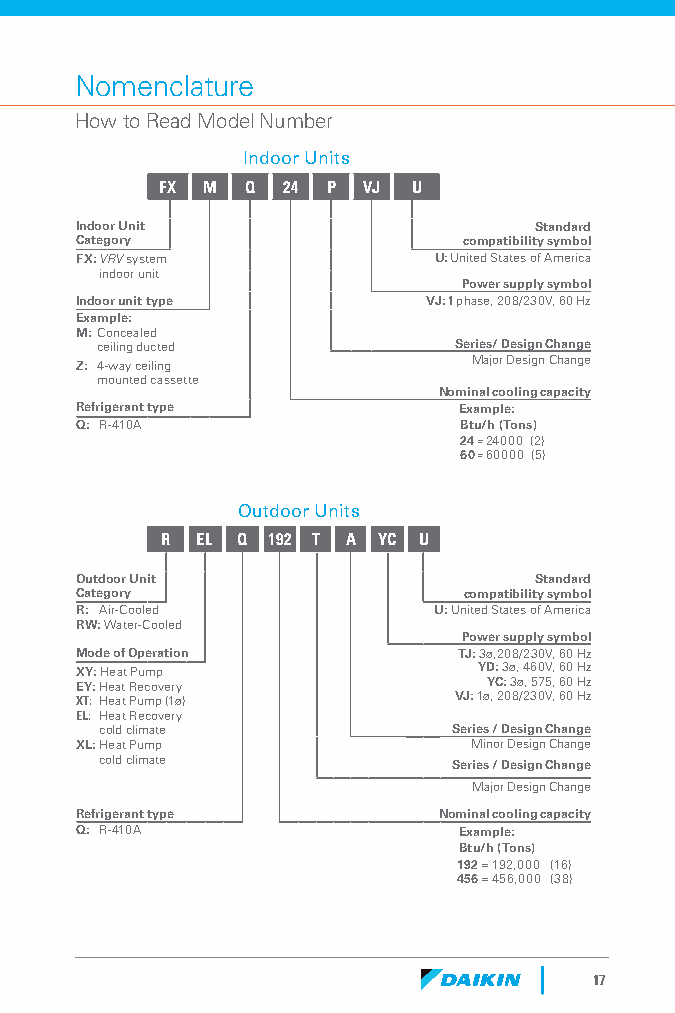
Nomenclature
 How to Read Model Number
 Indoor Units
 FX M Q  24 P VJ U
 Indoor Unit                   Standard
 Category                  compatibility symbol
 FX: VRV system          U: United States of America
 indoor unit
 Power supply symbol
 Indoor unit type       VJ: 1 phase, 208/230V, 60 Hz
 Example:
 M: Concealed
 ceiling ducted          Series/ Design Change
 Z: 4-way ceiling          Major Design Change
 mounted cassette
 Nominal cooling capacity
 Refrigerant type         Example:
 Q: R-410A                Btu/h (Tons)
 24 = 24000 (2)
 60 = 60000 (5)
 Outdoor Units
 R EL Q 192 T A YC U
 Outdoor Unit                  Standard
 Category                  compatibility symbol
 R: Air-Cooled           U: United States of America
 RW: Water-Cooled
 Power supply symbol
 Mode of Operation        TJ: 3ø,208/230V, 60 Hz
 XY: Heat Pump              YD: 3ø, 460V, 60 Hz
 EY: Heat Recovery          YC: 3ø, 575, 60 Hz
 XT: Heat Pump (1ø)       VJ: 1ø, 208/230V, 60 Hz
 EL: Heat Recovery
 cold climate          T Series / Design Change
 XL: Heat Pump             Minor Design Change
 cold climate           Series / Design Change
 Major Design Change
 Refrigerant type        Nominal cooling capacity
 Q: R-410A                Example:
 Btu/h (Tons)
 192 = 192,000 (16)
 456 = 456,000 (38)
 17